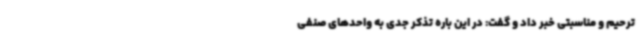
ترحیم و مناسبتی خبر داد و گفت: در این‌ باره تذکر جدی به واحدهای صنفی